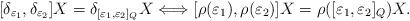
LaTeX: \begin{align*}[\delta_{\varepsilon_1},\delta_{\varepsilon_2}]X=\delta_{[\varepsilon_1,\varepsilon_2]_Q}X\Longleftrightarrow [\rho(\varepsilon_1),\rho(\varepsilon_2)]X=\rho([\varepsilon_1,\varepsilon_2]_Q)X.\end{align*}